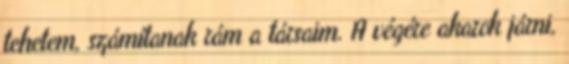
tehetem, számítanak rám a társaim. A végére akarok járni,